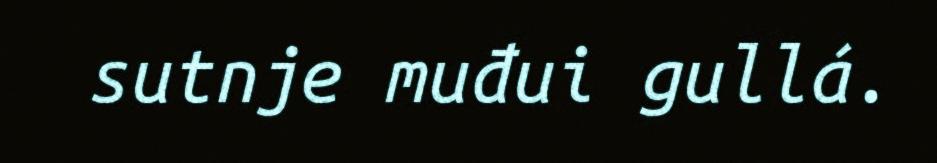
sutnje muđui gullá.